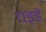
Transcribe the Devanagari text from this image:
राइडें